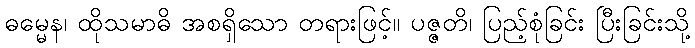
ဓမ္မေန၊ ထိုသမာဓိ အစရှိသော တရားဖြင့်။ ပဇ္ဇတိ၊ ပြည့်စုံခြင်း ပြီးခြင်းသို့